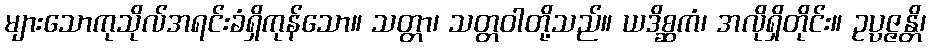
များသောကုသိုလ်အရင်းခံရှိကုန်သော။ သတ္တာ၊ သတ္တဝါတို့သည်။ ယဒိစ္ဆကံ၊ အလိုရှိတိုင်း။ ဥပ္ပဇ္ဇန္တိ၊